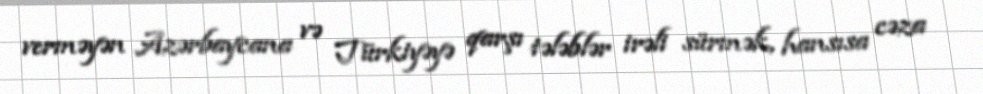
verməyən Azərbaycana və Türkiyəyə qarşı tələblər irəli sürmək, hansısa cəza